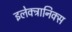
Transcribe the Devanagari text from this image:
इलेक्ट्रानिक्स